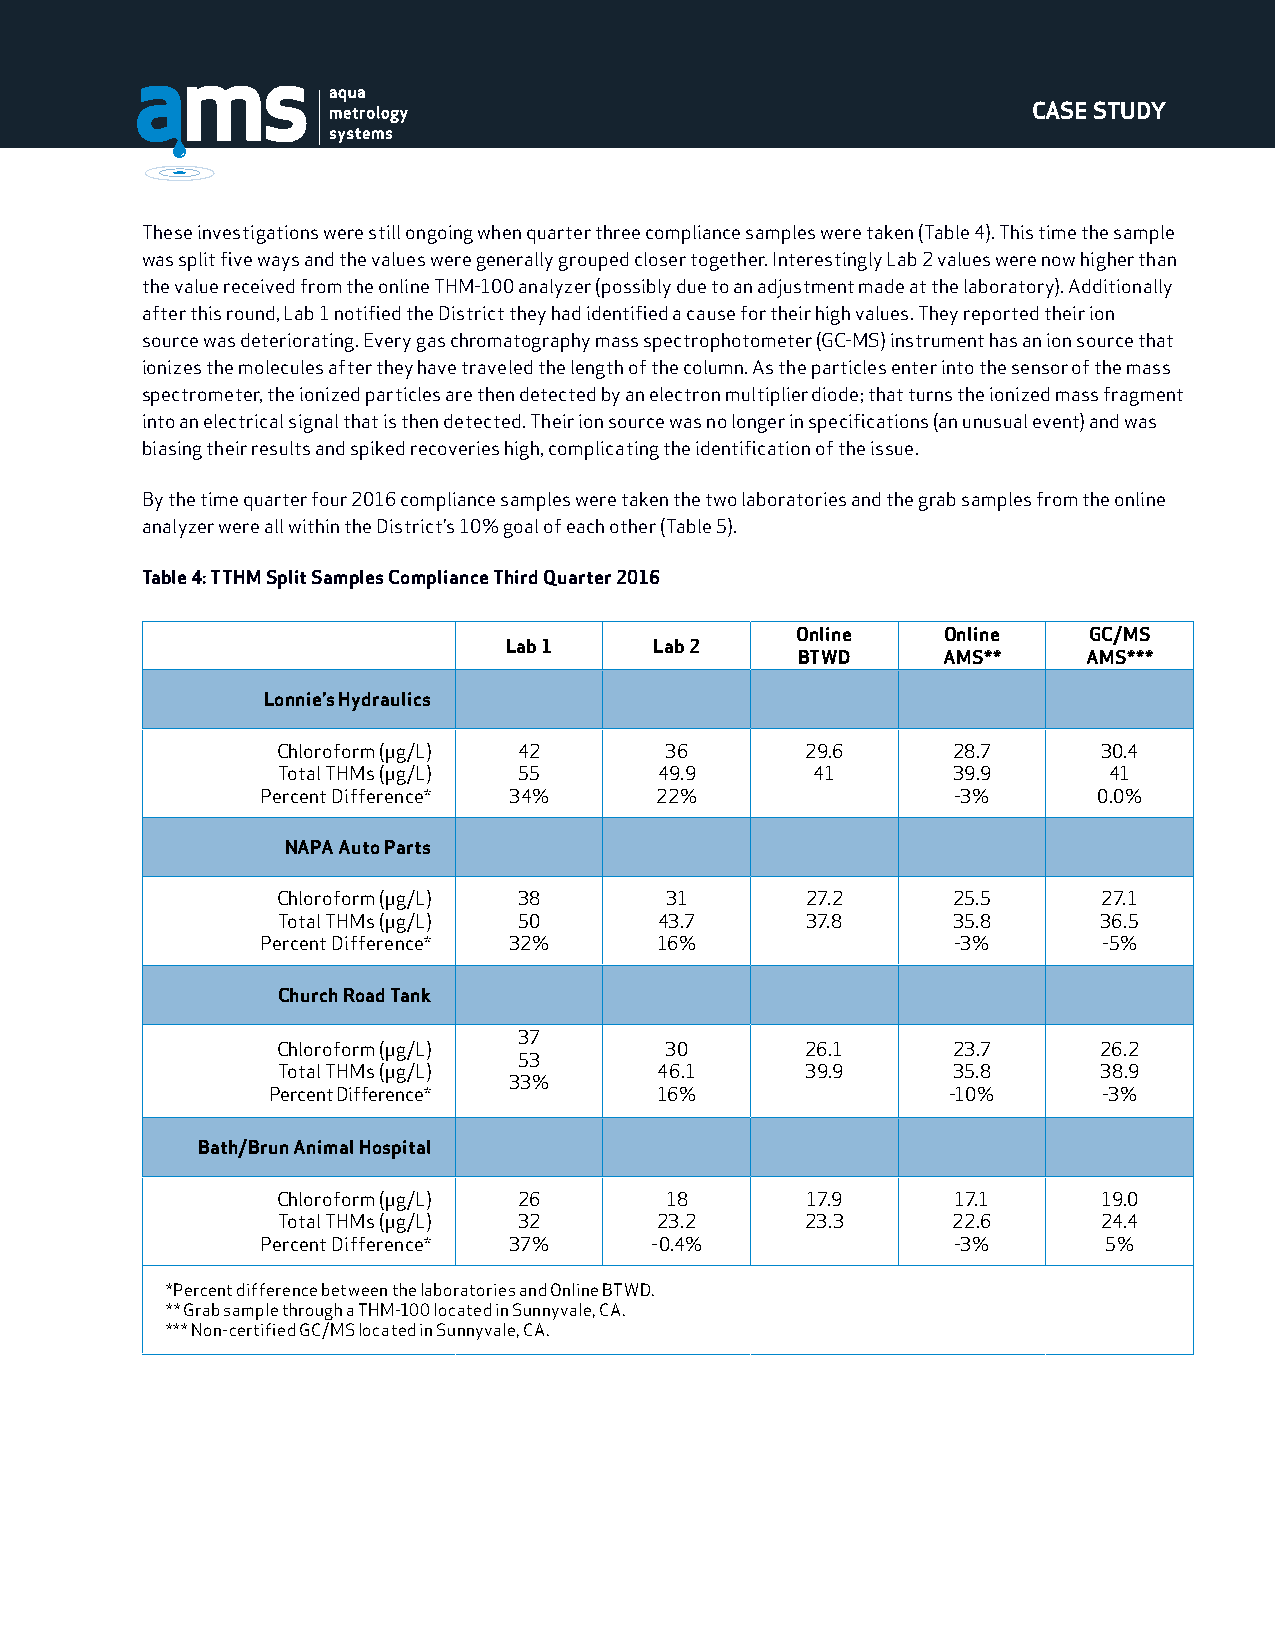
CASE STUDY
 These investigations were still ongoing when quarter three compliance samples were taken (Table 4). This time the sample
 was split five ways and the values were generally grouped closer together. Interestingly Lab 2 values were now higher than
 the value received from the online THM-100 analyzer (possibly due to an adjustment made at the laboratory). Additionally
 after this round, Lab 1 notified the District they had identified a cause for their high values. They reported their ion
 source was deteriorating. Every gas chromatography mass spectrophotometer (GC-MS) instrument has an ion source that
 ionizes the molecules after they have traveled the length of the column. As the particles enter into the sensor of the mass
 spectrometer, the ionized particles are then detected by an electron multiplier diode; that turns the ionized mass fragment
 into an electrical signal that is then detected. Their ion source was no longer in specifications (an unusual event) and was
 biasing their results and spiked recoveries high, complicating the identification of the issue.
 By the time quarter four 2016 compliance samples were taken the two laboratories and the grab samples from the online
 analyzer were all within the District’s 10% goal of each other (Table 5).
 Table 4: TTHM Split Samples Compliance Third Quarter 2016
 Online   Online    GC/MS
 Lab 1     Lab 2
 BTWD     AMS**     AMS***
 Lonnie’s Hydraulics
 Chloroform (μg/L) 42      36       29.6      28.7      30.4
 Total THMs (μg/L) 55      49.9      41       39.9      41
 Percent Difference* 34%   22%                 -3%       0.0%
 NAPA Auto Parts
 Chloroform (μg/L) 38      31       27.2      25.5      27.1
 Total THMs (μg/L) 50      43.7     37.8      35.8      36.5
 Percent Difference* 32%   16%                 -3%       -5%
 Church Road Tank
 37
 Chloroform (μg/L)         30       26.1      23.7      26.2
 53
 Total THMs (μg/L)         46.1     39.9      35.8      38.9
 33%
 Percent Difference*      16%                 -10%      -3%
 Bath/Brun Animal Hospital
 Chloroform (μg/L) 26      18       17.9      17.1      19.0
 Total THMs (μg/L) 32     23.2      23.3      22.6      24.4
 Percent Difference* 37%   -0.4%               -3%       5%
 *Percent difference between the laboratories and Online BTWD.
 ** Grab sample through a THM-100 located in Sunnyvale, CA.
 *** Non-certified GC/MS located in Sunnyvale, CA.